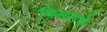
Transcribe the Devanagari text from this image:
विसरावे